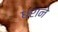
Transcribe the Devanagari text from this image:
धराने